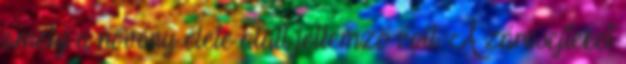
amely a növény élete alatt jellemző volt. A zárósejteket